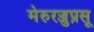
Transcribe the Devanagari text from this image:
मेरुरज्जुप्रसू